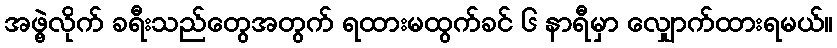
အဖွဲ့လိုက် ခရီးသည်တွေအတွက် ရထားမထွက်ခင် ၆ နာရီမှာ လျှောက်ထားရမယ်။